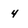
Character: 4